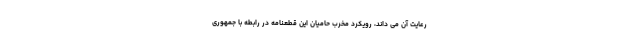
رعایت آن می داند، رویکرد مخرب حامیان این قطعنامه در رابطه با جمهوری